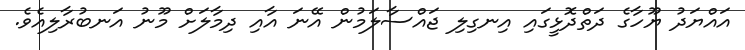
އައްޔަދު ޔޫހާގެ ދަތްދޮޅީގައި އިނގިލި ޖައްސާލަމުން އޭނަ އާއި ދިމާލަށް މޫނު އަނބުރާލިއެވެ.